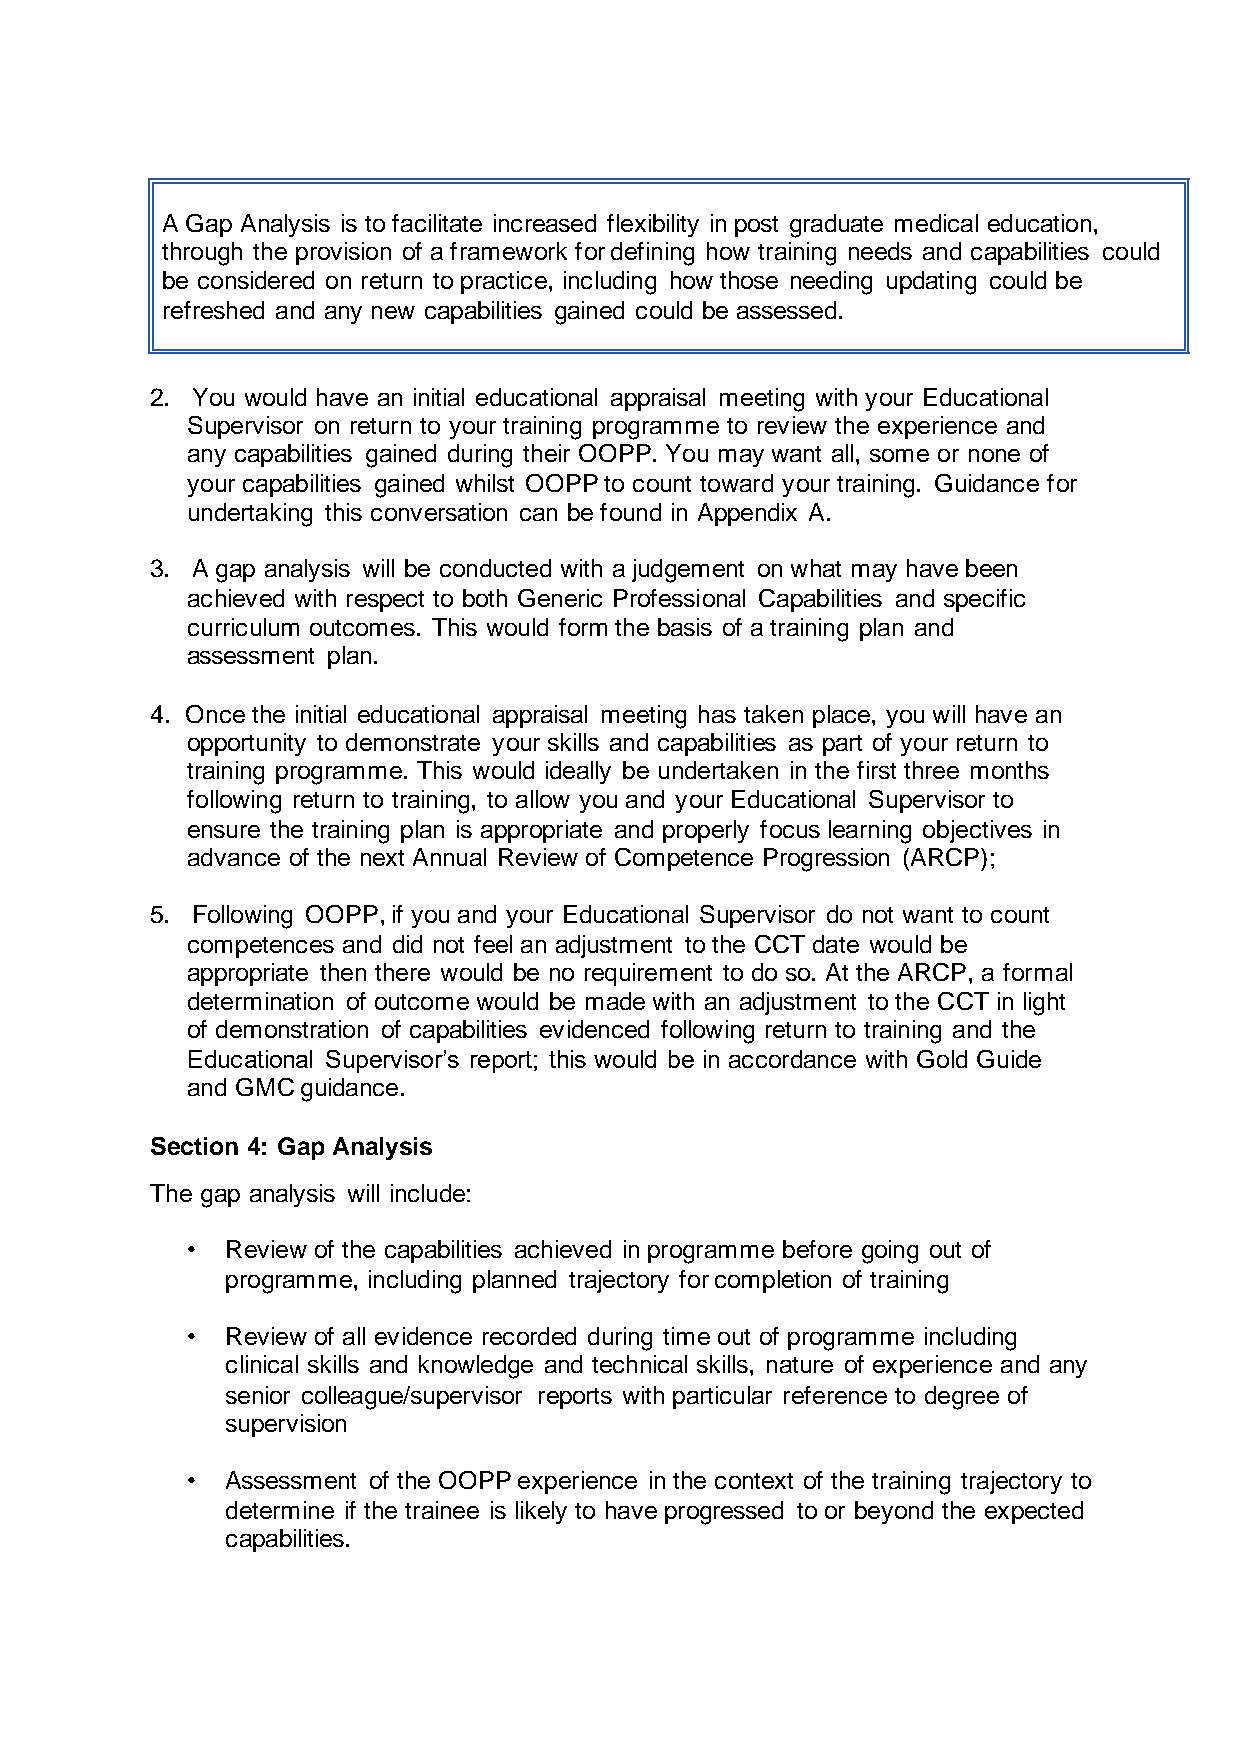
A Gap Analysis is to facilitate increased flexibility in post graduate medical education,
 through the provision of a framework for defining how training needs and capabilities could
 be considered on return to practice, including how those needing updating could be
 refreshed and any new capabilities gained could be assessed.
 2. You would have an initial educational appraisal meeting with your Educational
 Supervisor on return to your training programme to review the experience and
 any capabilities gained during their OOPP. You may want all, some or none of
 your capabilities gained whilst OOPP to count toward your training. Guidance for
 undertaking this conversation can be found in Appendix A.
 3. A gap analysis will be conducted with a judgement on what may have been
 achieved with respect to both Generic Professional Capabilities and specific
 curriculum outcomes. This would form the basis of a training plan and
 assessment plan.
 4. Once the initial educational appraisal meeting has taken place, you will have an
 opportunity to demonstrate your skills and capabilities as part of your return to
 training programme. This would ideally be undertaken in the first three months
 following return to training, to allow you and your Educational Supervisor to
 ensure the training plan is appropriate and properly focus learning objectives in
 advance of the next Annual Review of Competence Progression (ARCP);
 5. Following OOPP, if you and your Educational Supervisor do not want to count
 competences and did not feel an adjustment to the CCT date would be
 appropriate then there would be no requirement to do so. At the ARCP, a formal
 determination of outcome would be made with an adjustment to the CCT in light
 of demonstration of capabilities evidenced following return to training and the
 Educational Supervisor’s report; this would be in accordance with Gold Guide
 and GMC guidance.
 Section 4: Gap Analysis
 The gap analysis will include:
 •  Review of the capabilities achieved in programme before going out of
 programme, including planned trajectory for completion of training
 •  Review of all evidence recorded during time out of programme including
 clinical skills and knowledge and technical skills, nature of experience and any
 senior colleague/supervisor reports with particular reference to degree of
 supervision
 •  Assessment of the OOPP experience in the context of the training trajectory to
 determine if the trainee is likely to have progressed to or beyond the expected
 capabilities.